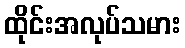
ထိုင်းအလုပ်သမား